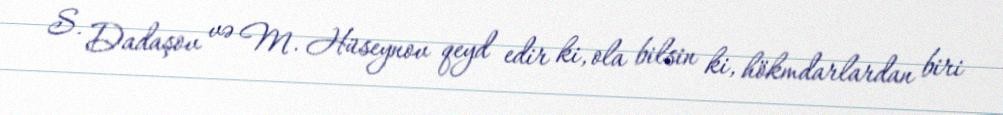
S. Dadaşov və M. Hüseynov qeyd edir ki, ola bilsin ki, hökmdarlardan biri